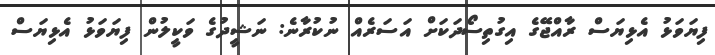
ފިޔަވަޅު އެޅިޔަސް ރާއްޖޭގެ އިގުތިސޯދަކަށް އަސަރެއް ނުކުރާނެ: ނަޝީދުގެ ވަކީލުން ފިޔަވަޅު އެޅިޔަސް